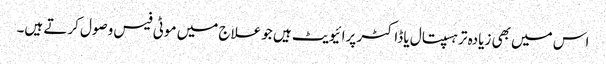
اس میں بھی زیادہ تر ہسپتال یا ڈاکٹر پرائیویٹ ہیں جو علاج میں موٹی فیس وصول کرتے ہیں۔